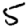
Digit: 5